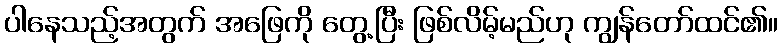
ပါနေသည့်အတွက် အဖြေကို တွေ့ပြီး ဖြစ်လိမ့်မည်ဟု ကျွန်တော်ထင်၏။